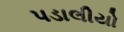
પડાલીયો